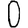
Digit: 0